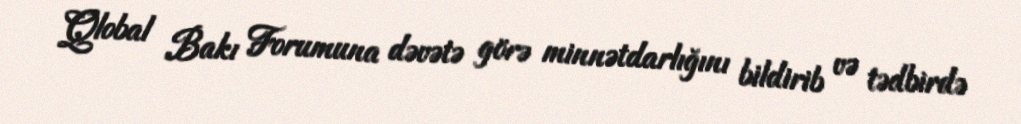
Qlobal Bakı Forumuna dəvətə görə minnətdarlığını bildirib və tədbirdə